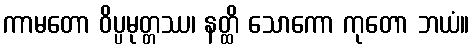
ကာမတော ဝိပ္ပမုတ္တဿ၊ နတ္ထိ သောကော ကုတော ဘယံ။